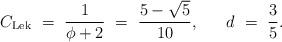
LaTeX: \begin{align*} C_{\rm Lek} \ = \ \frac{1}{\phi+2} \ = \ \frac{5 -\sqrt{5}}{10},\ \ \ \ ~d\ =\ \frac 35.\end{align*}